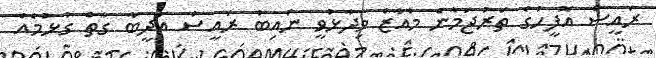
ރައީސް އޮފީހުގެ ތަރުޖަމާން މުއާޒް ވިދާޅުވީ ނައިބު ރައީސް އަދީބާ ގާތް ގުޅުމެއް